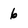
Character: 6